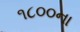
૧૮૦૦ના